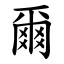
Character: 爾